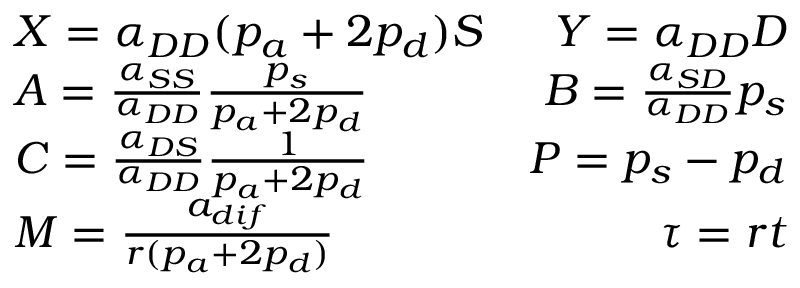
\begin{array} { r l r } & { X = \alpha _ { D D } ( p _ { a } + 2 p _ { d } ) S } & { Y = \alpha _ { D D } D } \\ & { A = \frac { \alpha _ { S S } } { \alpha _ { D D } } \frac { p _ { s } } { p _ { a } + 2 p _ { d } } } & { B = \frac { \alpha _ { S D } } { \alpha _ { D D } } p _ { s } } \\ & { C = \frac { \alpha _ { D S } } { \alpha _ { D D } } \frac { 1 } { p _ { a } + 2 p _ { d } } } & { P = p _ { s } - p _ { d } } \\ & { M = \frac { a _ { d i f } } { r ( p _ { a } + 2 p _ { d } ) } } & { \tau = r t } \end{array}